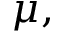
\mu ,